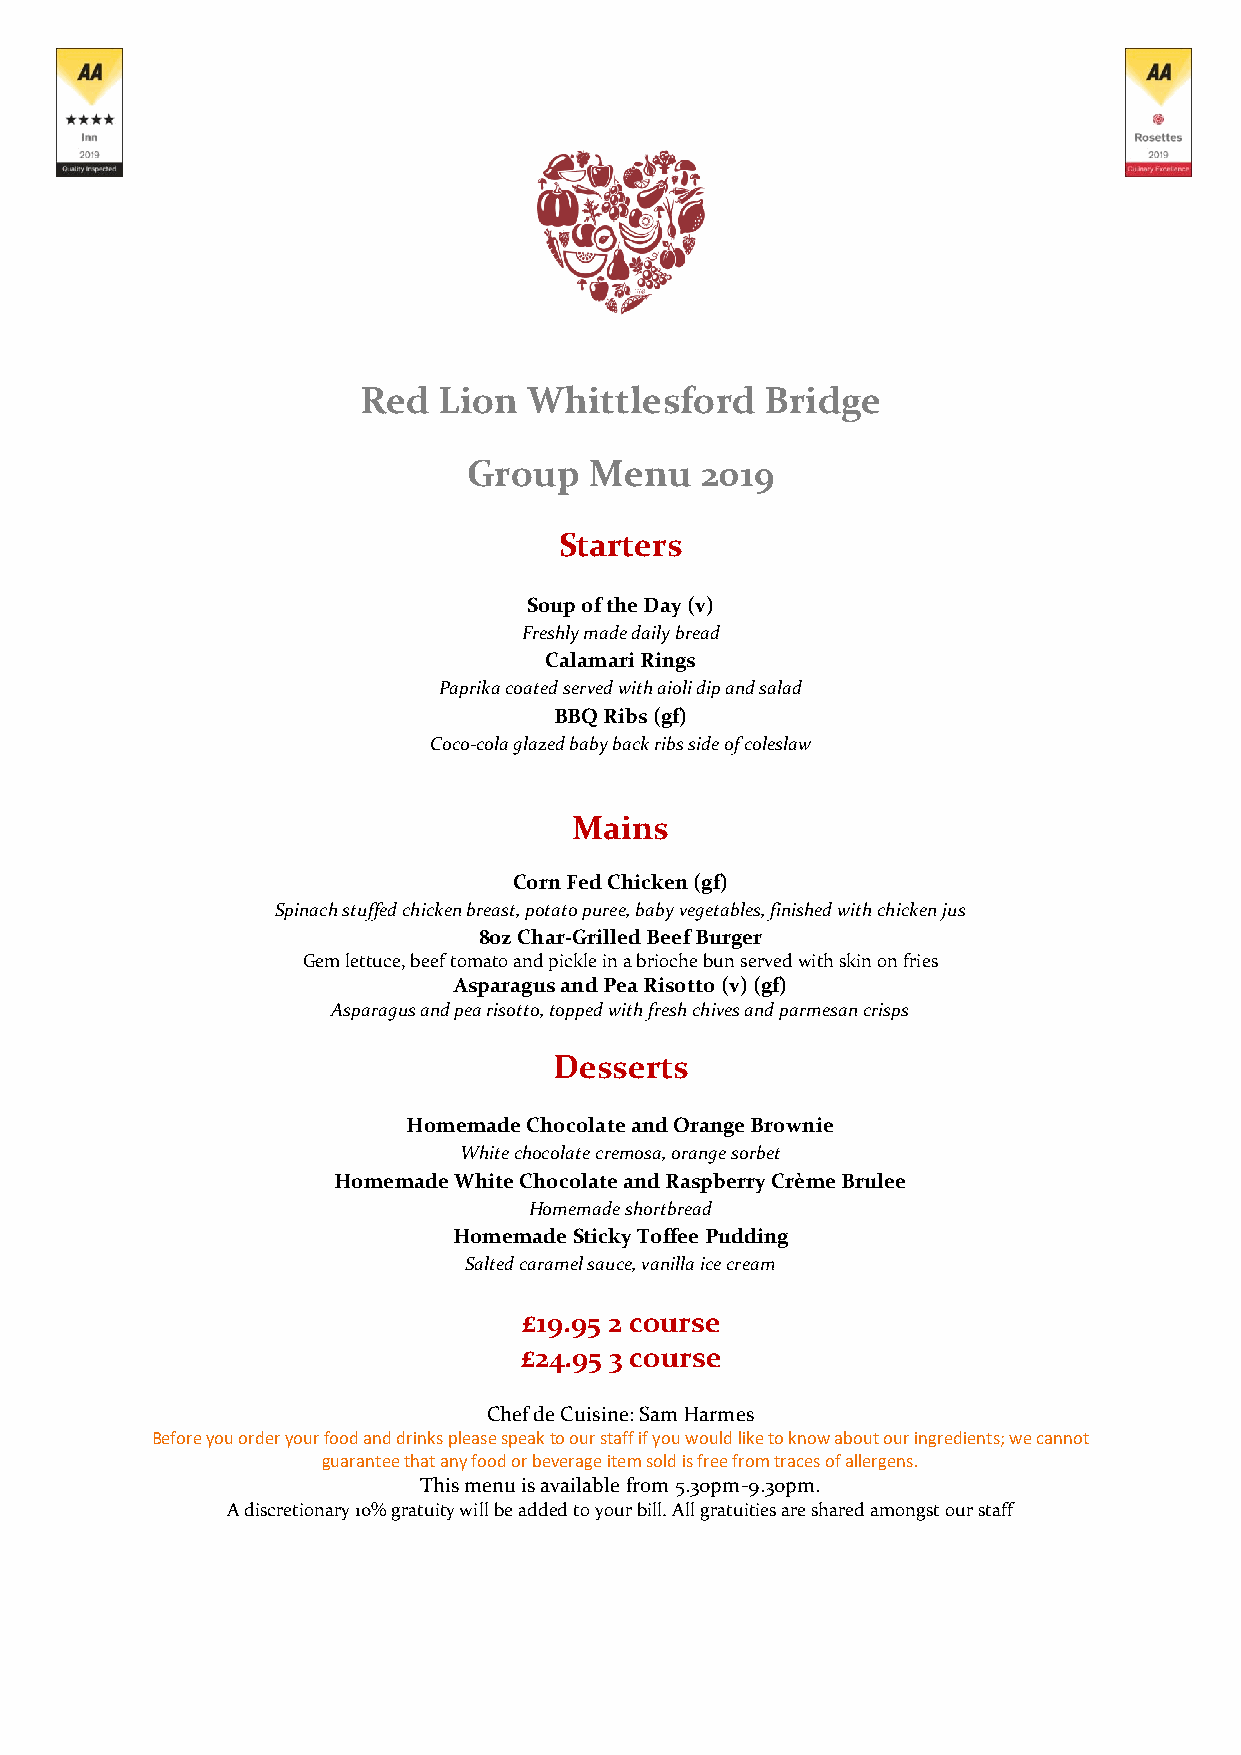
Red  Lion  Whittlesford    Bridge
 Group   Menu   2019
 Starters
 Soup of the Day (v)
 Freshly made daily bread
 Calamari Rings
 Paprika coated served with aioli dip and salad
 BBQ Ribs (gf)
 Coco-cola glazed baby back ribs side of coleslaw
 Mains
 Corn Fed Chicken (gf)
 Spinach stuffed chicken breast, potato puree, baby vegetables, finished with chicken jus
 8oz Char-Grilled Beef Burger
 Gem lettuce, beef tomato and pickle in a brioche bun served with skin on fries
 Asparagus and Pea Risotto (v) (gf)
 Asparagus and pea risotto, topped with fresh chives and parmesan crisps
 Desserts
 Homemade Chocolate and Orange Brownie
 White chocolate cremosa, orange sorbet
 Homemade White Chocolate and Raspberry Crème Brulee
 Homemade shortbread
 Homemade Sticky Toffee Pudding
 Salted caramel sauce, vanilla ice cream
 £19.95 2 course
 £24.95 3 course
 Chef de Cuisine: Sam Harmes
 Before you order your food and drinks please speak to our staff if you would like to know about our ingredients; we cannot
 guarantee that any food or beverage item sold is free from traces of allergens.
 This menu is available from 5.30pm-9.30pm.
 A discretionary 10% gratuity will be added to your bill. All gratuities are shared amongst our staff